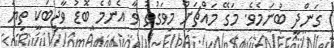
ގަންދީ ބުނަމެވެ. މަގޭ މައްޗަށް މިވަގުތު ވާ އެންމެ ބޮޑު ވާޖިބަކީ ތިޔަ